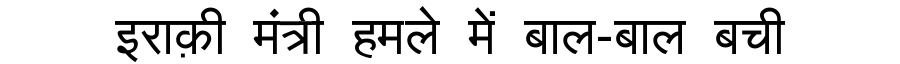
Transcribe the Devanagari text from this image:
इराक़ी मंत्री हमले में बाल-बाल बची